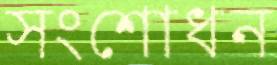
সংশোধন